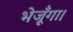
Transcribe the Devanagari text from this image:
भेजूँगा।